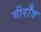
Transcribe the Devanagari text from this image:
मीराँव